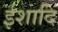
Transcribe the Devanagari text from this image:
ईशादि